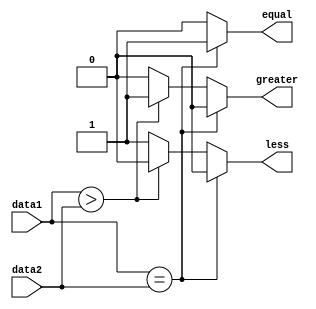
module Comparator (
    input wire [7:0] data1,
    input wire [7:0] data2,
    output reg equal,
    output reg greater,
    output reg less
);

always @* begin
    if (data1 == data2) begin
        equal = 1;
        greater = 0;
        less = 0;
    end else if (data1 > data2) begin
        equal = 0;
        greater = 1;
        less = 0;
    end else begin
        equal = 0;
        greater = 0;
        less = 1;
    end
end

endmodule